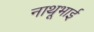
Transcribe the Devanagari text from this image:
नाथूभाई